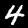
Digit: 4